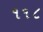
૧૧૮